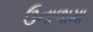
ઉનાળામા